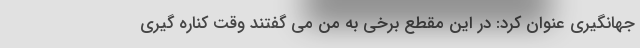
جهانگیری عنوان کرد: در این مقطع برخی به من می گفتند وقت کناره گیری